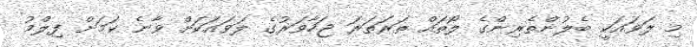
މި ލަވައަކީ ބެލުންތެރިންގެ ލޯތައް ތަރަތަރަ ޖަހާވަރުގެ ލަވައަކަށް ވާނެ ކަމަށް ފިލްމު